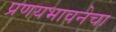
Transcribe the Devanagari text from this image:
प्रणयभावनेचा